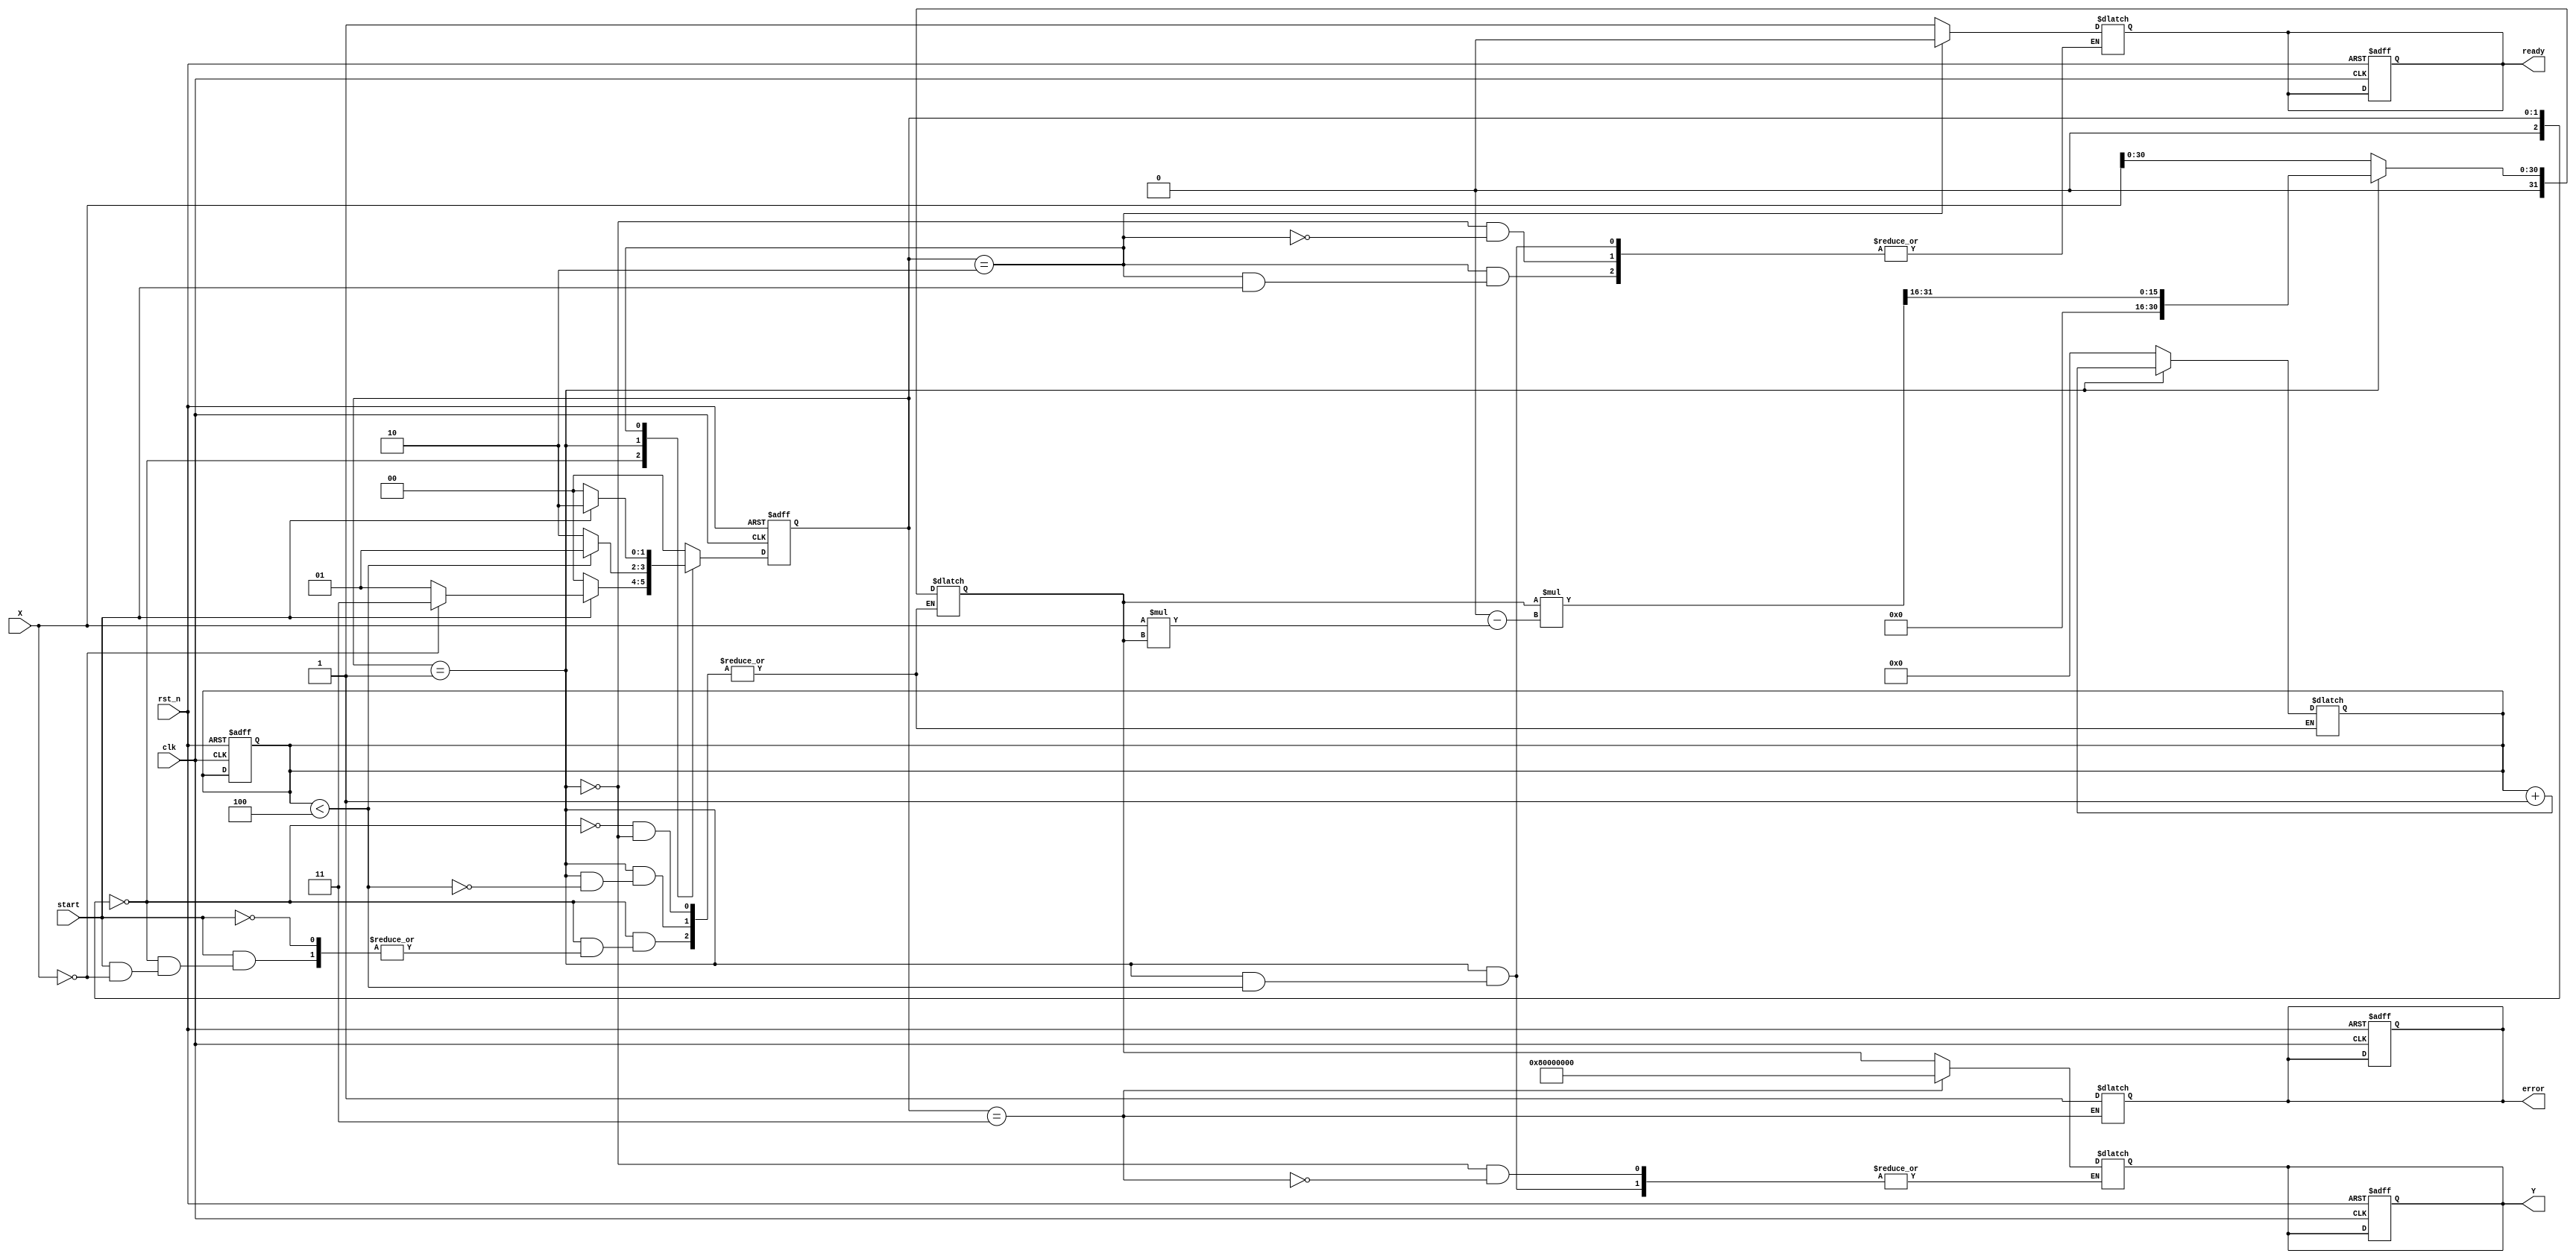
module FixedPointReciprocal #(
    parameter M = 16, // Number of integer bits
    parameter N = 16, // Number of fractional bits
    parameter TOTAL_BITS = M + N
)(
    input wire clk,
    input wire rst_n,
    input wire [TOTAL_BITS-1:0] X, // Input data (fixed-point)
    input wire start, // Signal to start computation
    output reg [TOTAL_BITS-1:0] Y, // Output data (reciprocal)
    output reg ready, // Signal indicating output is ready
    output reg error // Error signal for division by zero
);

    // Internal signals
    reg [TOTAL_BITS-1:0] approx; // Approximation of reciprocal
    reg [TOTAL_BITS-1:0] temp; // Temporary variable for calculations
    reg [2:0] state; // State variable for FSM
    reg [2:0] next_state; // Next state variable for FSM
    reg [3:0] iteration_count; // Iteration counter

    // State encoding
    localparam IDLE = 3'b000,
               COMPUTE = 3'b001,
               DONE = 3'b010,
               ERROR = 3'b011;

    // Initial values
    initial begin
        Y = 0;
        ready = 0;
        error = 0;
        state = IDLE;
        iteration_count = 0;
    end

    // State machine for control logic
    always @(posedge clk or negedge rst_n) begin
        if (!rst_n) begin
            state <= IDLE;
            Y <= 0;
            ready <= 0;
            error <= 0;
            iteration_count <= 0;
        end else begin
            state <= next_state;
        end
    end

    // Next state logic
    always @(*) begin
        case (state)
            IDLE: begin
                if (start) begin
                    if (X == 0) begin
                        next_state = ERROR; // Division by zero
                    end else begin
                        approx = {1'b0, X[TOTAL_BITS-2:0]}; // Initial approximation (1/X)
                        iteration_count = 0;
                        next_state = COMPUTE;
                    end
                end else begin
                    next_state = IDLE;
                end
            end

            COMPUTE: begin
                if (iteration_count < 4) begin // Limit iterations for convergence
                    // Newton-Raphson iteration: approx = approx * (2 - X * approx)
                    temp = approx * (2**TOTAL_BITS - X * approx) >> N; // Shift for fixed-point
                    approx = temp;
                    iteration_count = iteration_count + 1;
                    next_state = COMPUTE;
                end else begin
                    Y = approx; // Final result
                    ready = 1; // Output is ready
                    next_state = DONE;
                end
            end

            DONE: begin
                if (!start) begin
                    ready = 0; // Reset ready signal
                    next_state = IDLE;
                end else begin
                    next_state = DONE;
                end
            end

            ERROR: begin
                error = 1; // Set error signal
                Y = {1'b1, {TOTAL_BITS-1{1'b0}}}; // Output a predefined error code (e.g., max value)
                next_state = IDLE; // Go back to IDLE
            end

            default: next_state = IDLE;
        endcase
    end

endmodule